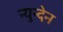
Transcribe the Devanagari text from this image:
न्युन्देन